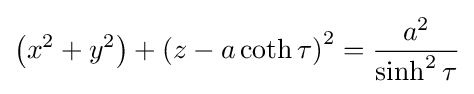
\left(x^{2}+y^{2}\right)+\left(z-a\coth \tau \right)^{2}={\frac {a^{2}}{\sinh ^{2}\tau }}